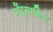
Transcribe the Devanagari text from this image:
पोंट्रयागिन